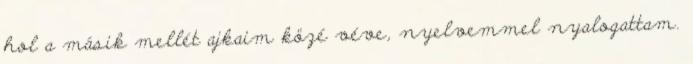
hol a másik mellét ajkaim közé véve, nyelvemmel nyalogattam.